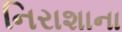
નિરાશાના